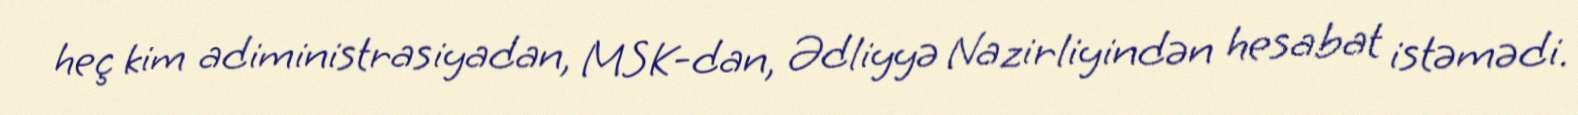
heç kim adiministrasiyadan, MSK-dan, Ədliyyə Nazirliyindən hesabat istəmədi.